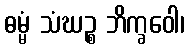
ဓမ္မံ သံဃဉ္စ ဘိက္ခဝေါ၊